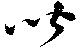
皆